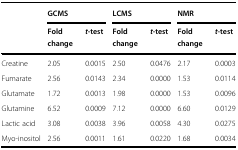
<table><thead><tr><td rowspan="2"></td><td colspan="2"><b>GCMS</b></td><td colspan="2"><b>LCMS</b></td><td colspan="2"><b>NMR</b></td></tr><tr><td><b>Fold change</b></td><td><b><i>t</i>-test</b></td><td><b>Fold change</b></td><td><b><i>t</i>-test</b></td><td><b>Fold change</b></td><td><b><i>t</i>-test</b></td></tr></thead><tbody><tr><td>Creatine</td><td>2.05</td><td>0.0015</td><td>2.50</td><td>0.0476</td><td>2.17</td><td>0.0003</td></tr><tr><td>Fumarate</td><td>2.56</td><td>0.0143</td><td>2.34</td><td>0.0000</td><td>1.53</td><td>0.0114</td></tr><tr><td>Glutamate</td><td>1.72</td><td>0.0013</td><td>1.98</td><td>0.0000</td><td>1.53</td><td>0.0096</td></tr><tr><td>Glutamine</td><td>6.52</td><td>0.0009</td><td>7.12</td><td>0.0000</td><td>6.60</td><td>0.0129</td></tr><tr><td>Lactic acid</td><td>3.08</td><td>0.0038</td><td>3.96</td><td>0.0058</td><td>4.30</td><td>0.0275</td></tr><tr><td>Myo-inositol</td><td>2.56</td><td>0.0011</td><td>1.61</td><td>0.0220</td><td>1.68</td><td>0.0034</td></tr></tbody></table>